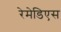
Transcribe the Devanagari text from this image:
रेमेडिएस